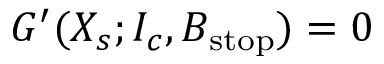
G ^ { \prime } ( X _ { s } ; I _ { c } , B _ { \mathrm { s t o p } } ) = 0